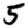
Digit: 5